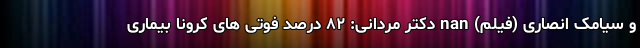
و سیامک انصاری (فیلم) nan دکتر مردانی: ۸۲ درصد فوتی های کرونا بیماری